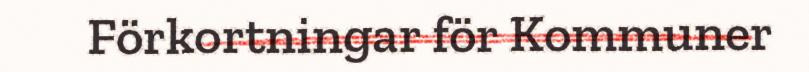
Förkortningar för Kommuner